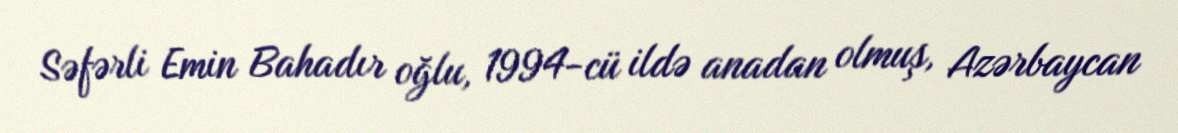
Səfərli Emin Bahadır oğlu, 1994-cü ildə anadan olmuş, Azərbaycan